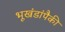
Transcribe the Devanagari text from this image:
भूखंडांपैकी